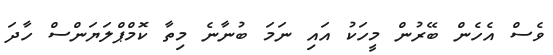
ވެސް އެހެން ބޭރުން މީހަކު އައި ނަމަ ބުނާނެ މިތާ ކޮމްޕްލަޔަންސް ހާދަ